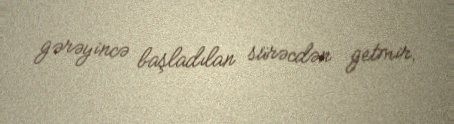
gərəyincə başladılan sürəcdən getmir.